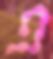
এ